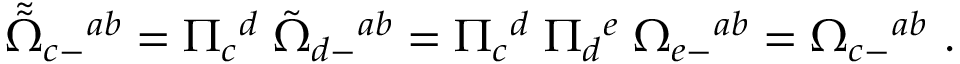
{ \tilde { \tilde { \Omega } } } _ { c - } { } ^ { a b } = \Pi _ { c } { } ^ { d } \; { \tilde { \Omega } } _ { d - } { } ^ { a b } = \Pi _ { c } { } ^ { d } \; \Pi _ { d } { } ^ { e } \; \Omega _ { e - } { } ^ { a b } = \Omega _ { c - } { } ^ { a b } \ .